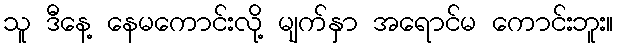
သူ ဒီနေ့ နေမကောင်းလို့ မျက်နှာ အရောင်မ ကောင်းဘူး။